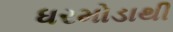
ધરમોડાથી